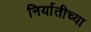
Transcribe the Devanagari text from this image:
निर्यातीच्या